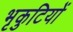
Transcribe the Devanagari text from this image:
भृकुटियों